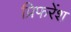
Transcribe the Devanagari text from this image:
प्रिफरेंश